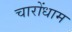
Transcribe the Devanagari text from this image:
चारोंधाम